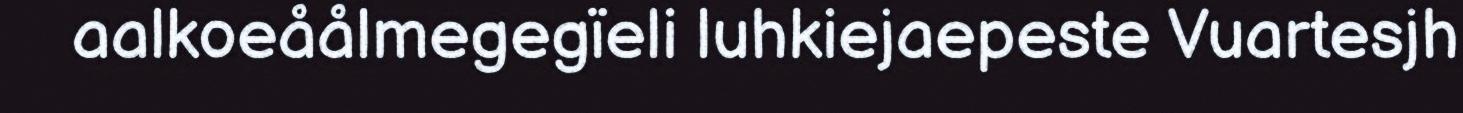
aalkoeåålmegegïeli luhkiejaepeste Vuartesjh